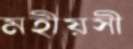
মহীয়সী